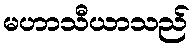
မဟာသီယာသည်